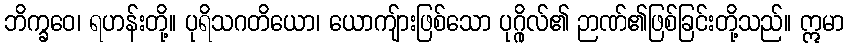
ဘိက္ခဝေ၊ ရဟန်းတို့။ ပုရိသဂတိယော၊ ယောကျ်ားဖြစ်သော ပုဂ္ဂိုလ်၏ ဉာဏ်၏ဖြစ်ခြင်းတို့သည်။ ဣမာ